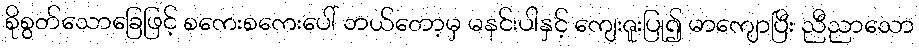
စိုစွတ်သောခြေဖြင့် စကေးစကေးပေါ် ဘယ်တော့မှ မနင်းပါနှင့် ကျေးဇူးပြု၍ မာကျောပြီး ညီညာသော